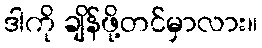
ဒါကို ချိန်ဖို့တင်မှာလား။